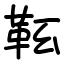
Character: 䩘